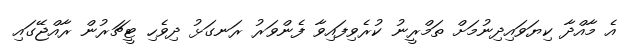
އެ މާއްދާ ކިޔަވައިދިނުމަށް ތަމްރީނު ކުރެވިފައިވާ ފެންވަރު ރަނގަޅު ދިވެހި ޓީޗަރުން ރާއްޖޭގައި